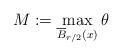
LaTeX: \begin{align*}M:=\max_{\overline{B}_{r/2}(x)}\theta\end{align*}